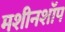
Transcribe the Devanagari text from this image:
मशीनशॉप